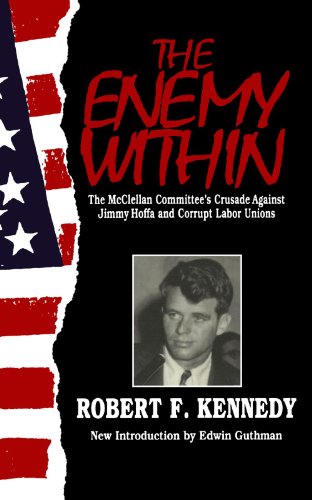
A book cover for The Enemy Within: The Mcclellan Committee's Crusade Against Jimmy Hoffa And Corrupt Labor Unions; Robert F. Kennedy; Business & Money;